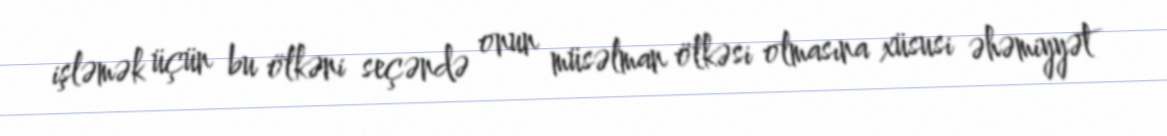
işləmək üçün bu ölkəni seçəndə onun müsəlman ölkəsi olmasına xüsusi əhəmiyyət